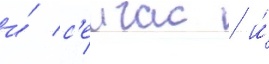
и́ с'еичас / и́